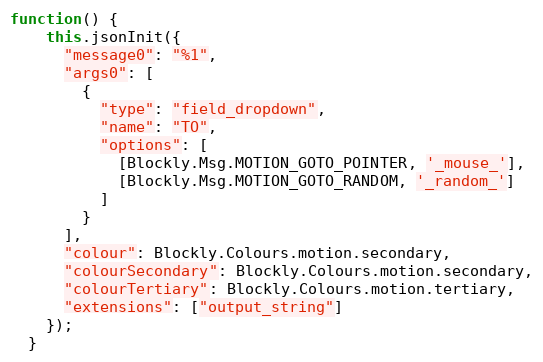
Language: JavaScript
function() {
    this.jsonInit({
      "message0": "%1",
      "args0": [
        {
          "type": "field_dropdown",
          "name": "TO",
          "options": [
            [Blockly.Msg.MOTION_GOTO_POINTER, '_mouse_'],
            [Blockly.Msg.MOTION_GOTO_RANDOM, '_random_']
          ]
        }
      ],
      "colour": Blockly.Colours.motion.secondary,
      "colourSecondary": Blockly.Colours.motion.secondary,
      "colourTertiary": Blockly.Colours.motion.tertiary,
      "extensions": ["output_string"]
    });
  }